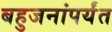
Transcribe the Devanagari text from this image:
बहुजनांपर्यंत